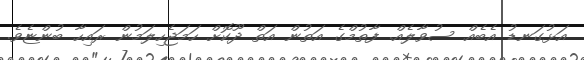
އަޅުގަނޑު އެބެއް ސުވާލެއް. ފާތުމްގެ އަތުން އަތް ދޫކޮށް ހަމަޖެހިލަމުން ރައިހާ ބުންޏެވެ.